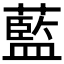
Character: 藍